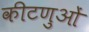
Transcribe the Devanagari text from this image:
कीटणुओं